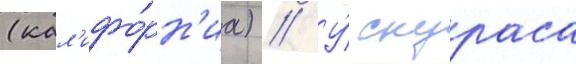
(кал'ифо́рн'иа) // У́ скураса